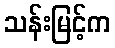
သန်းမြင့်က